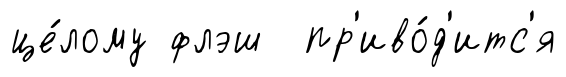
це́лому флэш пр'иво́д'итс'я